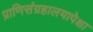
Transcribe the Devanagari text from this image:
प्राणिसंग्रहालयापेक्षा